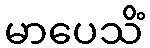
မာပေသိံ